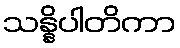
သန္နိပါတိကာ